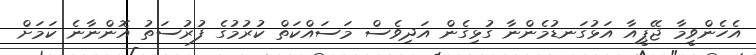
އެހެންވީމާ ޖޭޕީއާ އަޅުގަނޑުމެންނާ ގުޅިގެން އަދިވެސް މަސައްކަތް ކުރުމުގެ ފުރުސަތު އޮންނާނެ ކަމަށް